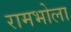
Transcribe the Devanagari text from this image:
रामभोला